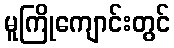
မူကြိုကျောင်းတွင်